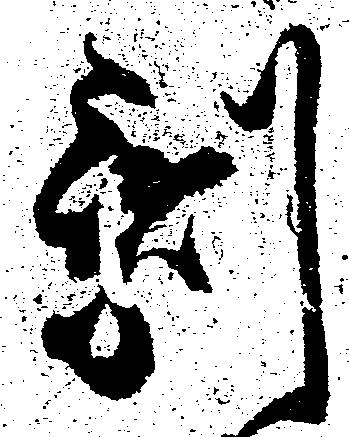
剰